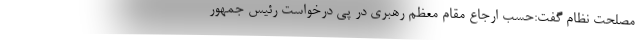
مصلحت نظام گفت:حسب ارجاع مقام معظم رهبری در پی درخواست رئیس جمهور